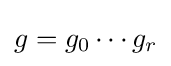
g=g_{0}\cdots g_{r}